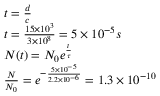
\begin{array} { r l } & { t = \frac { d } { c } } \\ & { t = \frac { 1 5 \times 1 0 ^ { 3 } } { 3 \times 1 0 ^ { 8 } } = 5 \times 1 0 ^ { - 5 } s } \\ & { N ( t ) = N _ { 0 } e ^ { \frac { t } { \tau } } } \\ & { \frac { N } { N _ { 0 } } = e ^ { - \frac { 5 \times 1 0 ^ { - 5 } } { 2 . 2 \times 1 0 ^ { - 6 } } } = 1 . 3 \times 1 0 ^ { - 1 0 } } \end{array}